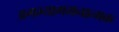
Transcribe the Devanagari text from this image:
अगम्यागमनात्मक